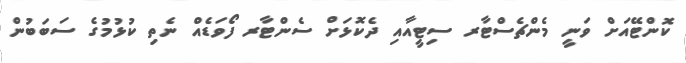
ކޮންޓޭއަށް ވަނީ މެންޗެސްޓާރ ސިޓީއާއި ދެކޮޅަށް ސެންޓާރ ފޯވަޑެއް ނެތި ކުޅުމުގެ ސަބަބުން